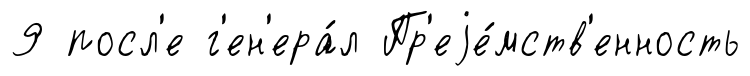
9 посл'е г'ен'ера́л Пр'еjе́мств'енность